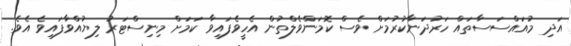
އަދި މުއައްސަސާތައް ހަރުދަނާކުރުމަށް ވެސް ކޮމަންވެލްތުން އެހީވެފައިވާ ކަމަށް މިނިސްޓަރު ލިޔުއްވާފައިވެ އެވެ.